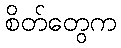
စိတ်တွေက